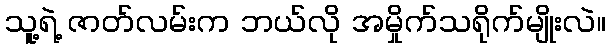
သူ့ရဲ့ ဇာတ်လမ်းက ဘယ်လို အမှိုက်သရိုက်မျိုးလဲ။